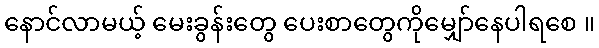
နောင်လာမယ့် မေးခွန်းတွေ ပေးစာတွေကိုမျှော်နေပါရစေ ။